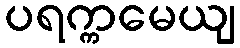
ပရက္ကမေယျ